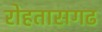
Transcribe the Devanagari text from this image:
रोहतासगढ